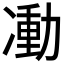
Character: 𠘃